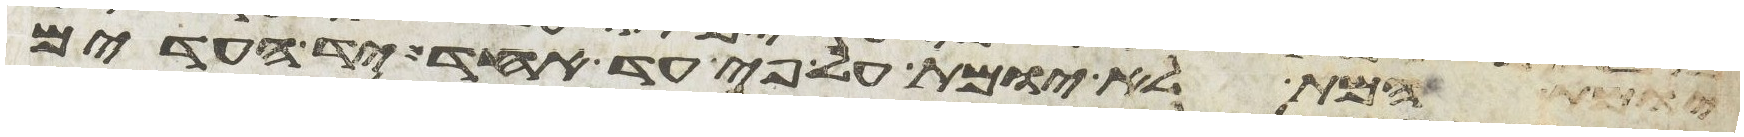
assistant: יומת המת לא יומת על פי עד אחד יד העדים